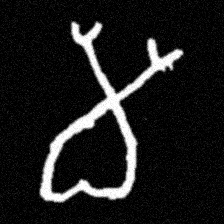
Pyu character \u2014 Myanmar letter: မ (romanized: ma)